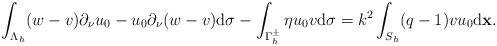
\begin{align*} \begin{aligned} \int_{\Lambda_{h}}(w-v)\partial_{\nu}u_{0}-u_{0}\partial_{\nu}(w-v)\mathrm{d}\sigma-\int_{\Gamma_h^{\pm}}\eta u_0v\mathrm d\sigma &=k^{2}\int_{S_{h}}(q-1)vu_{0}\mathrm{d}\mathbf x. \end{aligned} \end{align*}